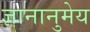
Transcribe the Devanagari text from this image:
ज्ञानानुमेय